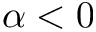
\alpha < 0